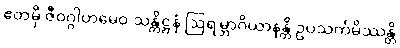
ဧတမှိ ဇီဝဂ္ဂါဟမေဝ သန္တိဋ္ဌနံ ဩရမ္ဘာဂိယာနန္တိ ဥပသင်္ကမိဿန္တိ